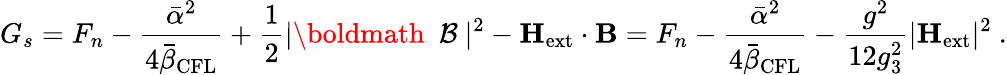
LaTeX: G_{s}=F_{n}-\frac{{\bar{\alpha}}^{2}}{4{\bar{\beta}}_{\mathrm{CFL}}}+\frac 12|\mathrm{\boldmath~{\cal~B}~}|^{2}-{\mathbf H}_{\mathrm{ext}}\cdot{\mathbf B}=F_{n}-\frac{{\bar{\alpha}}^{2}}{4{\bar{\beta}}_{\mathrm{CFL}}}-\frac{g^{2}}{12g_{3}^{2}}|{\mathbf H}_{\mathrm{ext}}|^{2}\ .